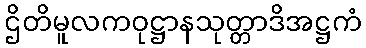
ဌိတိမူလကဝုဋ္ဌာနသုတ္တာဒိအဋ္ဌကံ